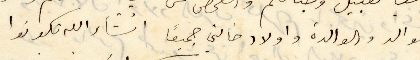
الوالد والوالدة واولاد خالتي جميعًا انشالله تكونوا